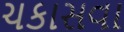
ચકાસવા